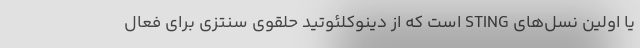
یا اولین نسل‌های STING است که از دینوکلئوتید حلقوی سنتزی برای فعال